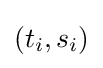
(t_{i},s_{i})